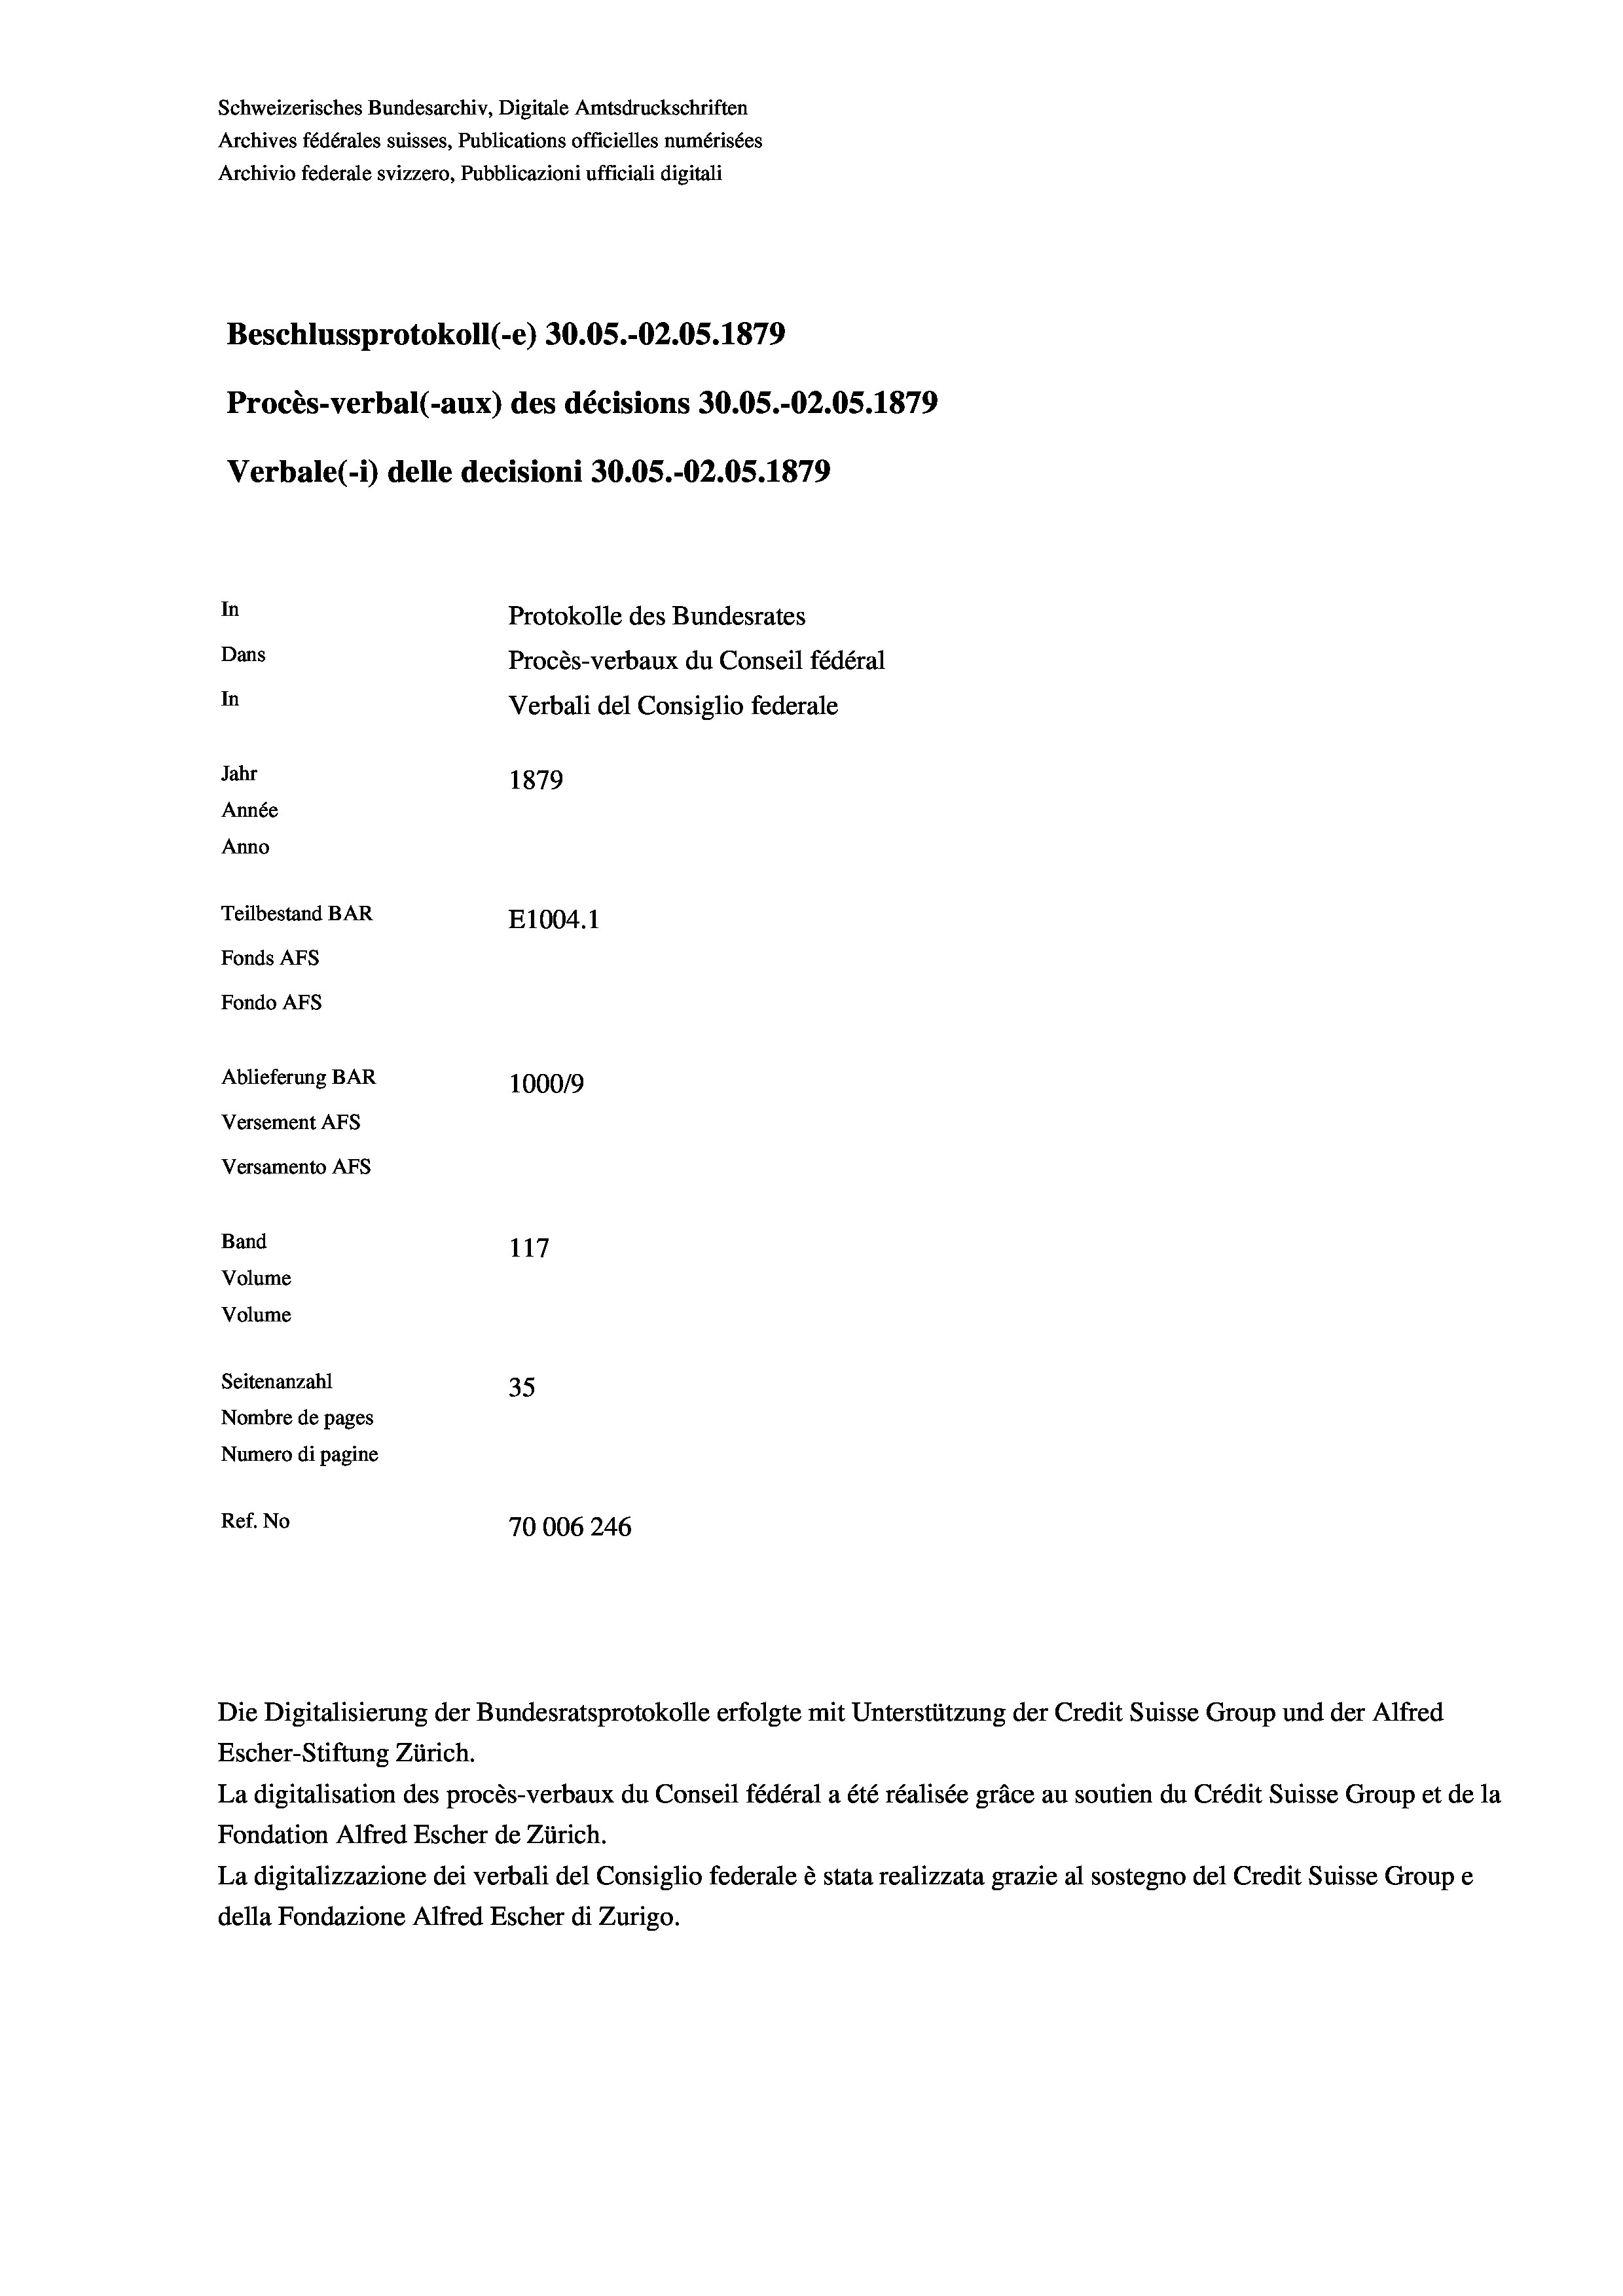
Schweizerisches Bundesarchiv, Digitale Amtsdruckschriften
Archives fédérales suisses, Publications officielles numérisées
Archivio federale svizzero, Pubblicazioni ufficiali digitali
Beschlussprotokoll (-e) 30.05.-O2.05. 1879
Procès-verbal (-aux) des décisions 30.05.-O2.05. 1879
Verbale (i) delle decisioni 30.05.-O2.05. 1879
In
Protokolle des Bundesrates
Dans
Procès-verbaux du Conseil fédéral
In
Verbali del Consiglio federale
Jahr
1879
Année
Anno
Teilbestand BAR
E1004. 1
Fonds AFs
Fondo AFs
Ablieferung BAR
100019
Versement AFs
Versamento Afs
Band
117
Volume

Volume
Seitenanzahl
35
Nombre de pages
Numero di pagine
Ref. No
70006 246

Die Digitalisierung der Bundesratsprotokolle erfolgte mit Unterstützung der Credit Suisse Group und der Alfred
Escher-Stiftung Zürich.
La digitalisation des procès-verbaux du Conseil fédéral a été réalisée gräce au soutien du Crédit Suisse Group et de la
Fondation Alfred Escher de Zürich.
La digitalizzazione dei verbali del Consiglio federale è stata realizzata grazie al sostegno del Credit Suisse Groupe
della Fondazione Alfred Escher di Zurigo.